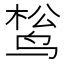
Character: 𬸔